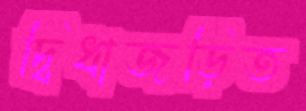
দ্বিধাজড়িত